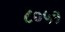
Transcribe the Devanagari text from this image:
८०५१